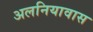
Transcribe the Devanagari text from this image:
अलनियावास